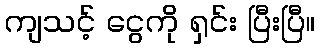
ကျသင့် ငွေကို ရှင်း ပြီးပြီ။